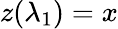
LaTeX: z(\lambda_{1})=x